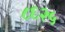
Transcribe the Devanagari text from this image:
८६२५